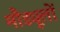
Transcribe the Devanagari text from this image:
मौड्यूलों